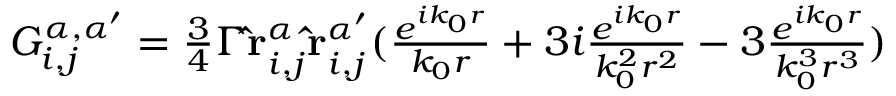
\begin{array} { r } { G _ { i , j } ^ { \alpha , \alpha ^ { \prime } } = \frac { 3 } { 4 } \Gamma \mathbf { \hat { r } } _ { i , j } ^ { \alpha } \mathbf { \hat { r } } _ { i , j } ^ { \alpha ^ { \prime } } ( \frac { e ^ { i k _ { 0 } r } } { k _ { 0 } r } + 3 i \frac { e ^ { i k _ { 0 } r } } { k _ { 0 } ^ { 2 } r ^ { 2 } } - 3 \frac { e ^ { i k _ { 0 } r } } { k _ { 0 } ^ { 3 } r ^ { 3 } } ) } \end{array}